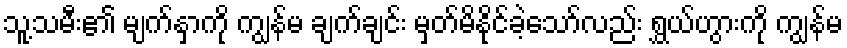
သူ့သမီး၏ မျက်နှာကို ကျွန်မ ချက်ချင်း မှတ်မိနိုင်ခဲ့သော်လည်း ရွှယ်ဟွားကို ကျွန်မ